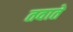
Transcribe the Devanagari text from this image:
तवाते